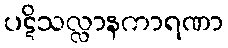
ပဋိသလ္လာနကာရဏာ